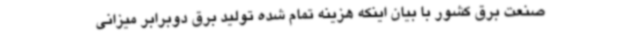
صنعت برق کشور با بیان اینکه هزینه تمام شده تولید برق دوبرابر میزانی